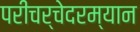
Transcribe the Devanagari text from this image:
परीचर्चेदरम्यान